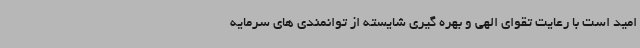
امید است با رعایت تقوای الهی و بهره گیری شایسته از توانمندی های سرمایه